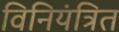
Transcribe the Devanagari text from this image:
विनियंत्रित